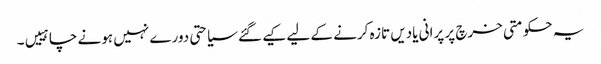
یہ حکومتی خرچ پر پرانی یادیں تازہ کرنے کے لیے کیے گئے سیاحتی دورے نہیں ہونے چاہییں۔